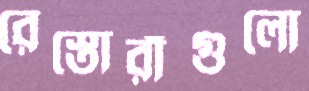
রেস্তোরাঁগুলো